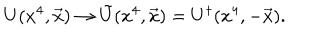
LaTeX: U ( x ^ { 4 } , \vec { x } ) \rightarrow \tilde { U } ( x ^ { 4 } , \vec { x } ) = U ^ { \dagger } ( x ^ { 4 } , - \vec { x } ) .